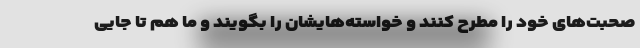
صحبت‌های خود را مطرح کنند و خواسته‌هایشان را بگویند و ما هم تا جایی